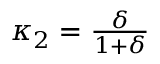
\begin{array} { r } { \kappa _ { 2 } = \frac { \delta } { 1 + \delta } } \end{array}